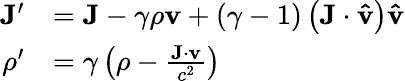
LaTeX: {\begin{array}{rl}{\mathbf{J}^{\prime}}&{=\mathbf{J}-\gamma\rho\mathbf{v}+\left(\gamma-1\right)\left(\mathbf{J}\cdot\mathbf{\hat{v}}\right)\mathbf{\hat{v}}}\\ {\rho^{\prime}}&{=\gamma\left(\rho-{\frac{\mathbf{J}\cdot\mathbf{v}}{c^{2}}}\right)}\end{array}}